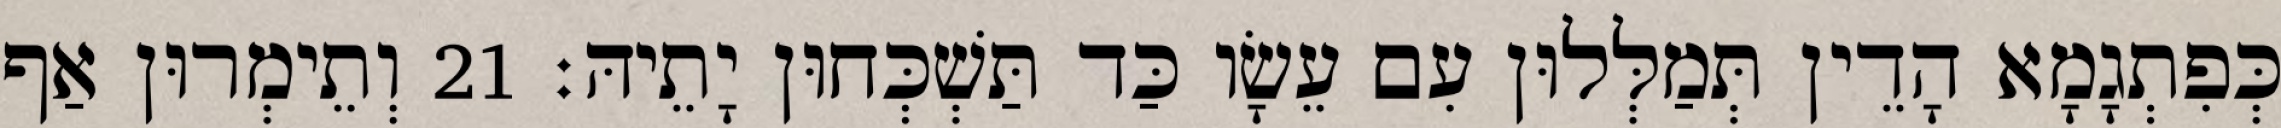
כְּפִתְגָמָא הָדֵין תְּמַלְּלוּן עִם עֵשָׂו כַּד תַּשְׁכְּחוּן יָתֵיהּ׃ 21 וְתֵימְרוּן אַף